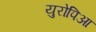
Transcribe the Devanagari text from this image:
युरोपिआ